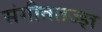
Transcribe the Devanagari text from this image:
संगीततज्ज्ञ